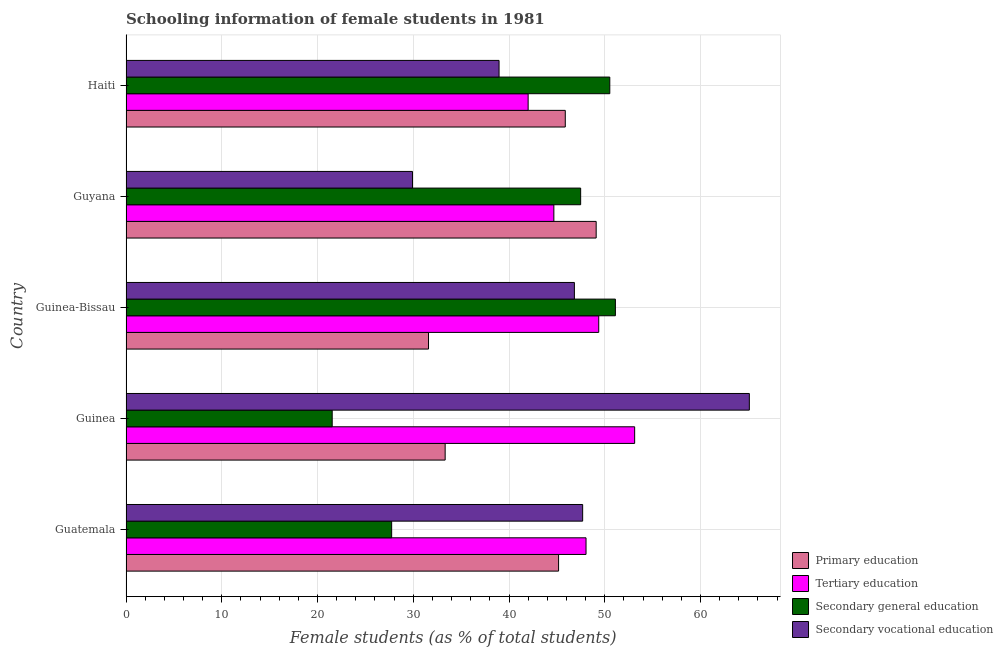
| Country | Primary education | Tertiary education | Secondary general education | Secondary vocational education |
 | --- | --- | --- | --- | --- |
 | Guatemala | 45.2 | 48 | 27.7 | 47.7 |
 | Guinea | 33.3 | 53.1 | 21.5 | 65.1 |
 | Guinea-Bissau | 31.6 | 49.4 | 51.1 | 46.8 |
 | Guyana | 49.1 | 44.7 | 47.5 | 29.9 |
 | Haiti | 45.9 | 42 | 50.5 | 39 |